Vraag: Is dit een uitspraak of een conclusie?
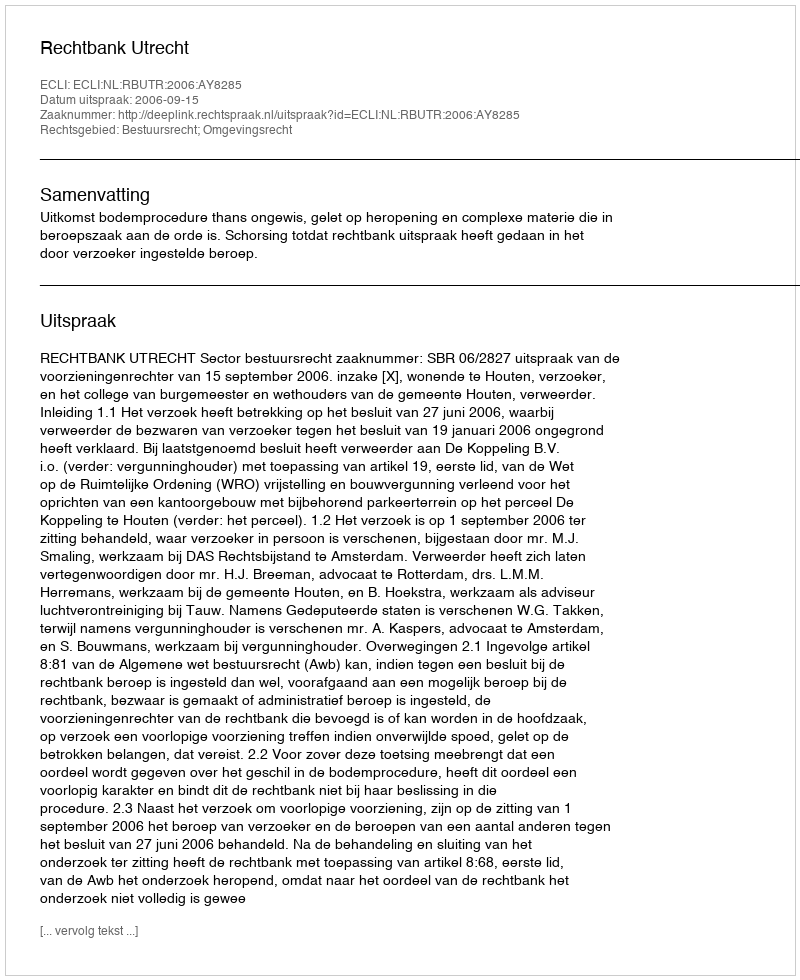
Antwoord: Uitspraak